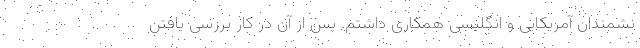
نشمندان آمریکایی و انگلیسی همکاری داشتم. پس از آن در کار بررسی یافتن